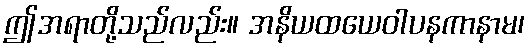
ဤအရာတို့သည်လည်း။ အနိယထယေဝါပနကာနာမ၊